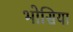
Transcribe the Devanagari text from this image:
भोसिया